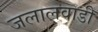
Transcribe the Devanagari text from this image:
जलालवाडी